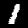
Label: 1